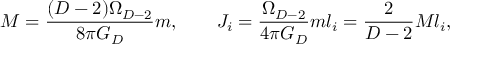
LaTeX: M = { \frac { ( D - 2 ) \Omega _ { D - 2 } } { 8 \pi G _ { D } } } m , \ \ \ \ \ \ J _ { i } = { \frac { \Omega _ { D - 2 } } { 4 \pi G _ { D } } } m l _ { i } = { \frac { 2 } { D - 2 } } M l _ { i } ,